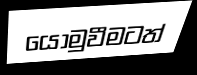
යොමුවීමටත්